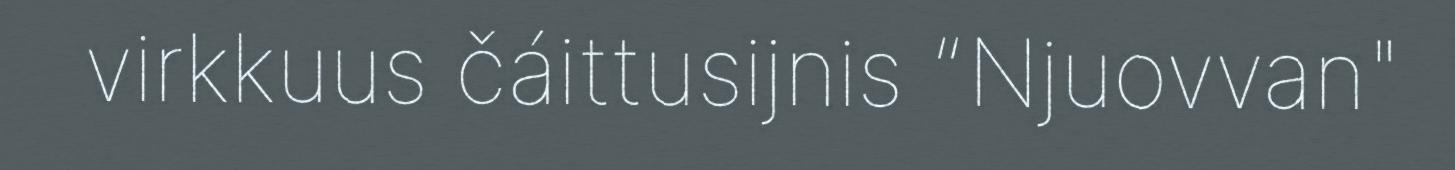
virkkuus čáittusijnis “Njuovvan"